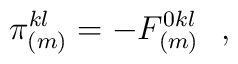
\pi _{(m)}^{kl} =- F^{0kl}_{(m)}\,\,\,\, ,